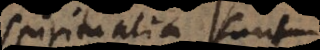
spiritualia sunt